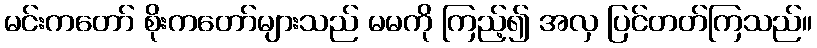
မင်းကတော် စိုးကတော်များသည် မမကို ကြည့်၍ အလှ ပြင်တတ်ကြသည်။